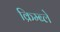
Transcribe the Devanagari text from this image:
क्रिम्ब्ले